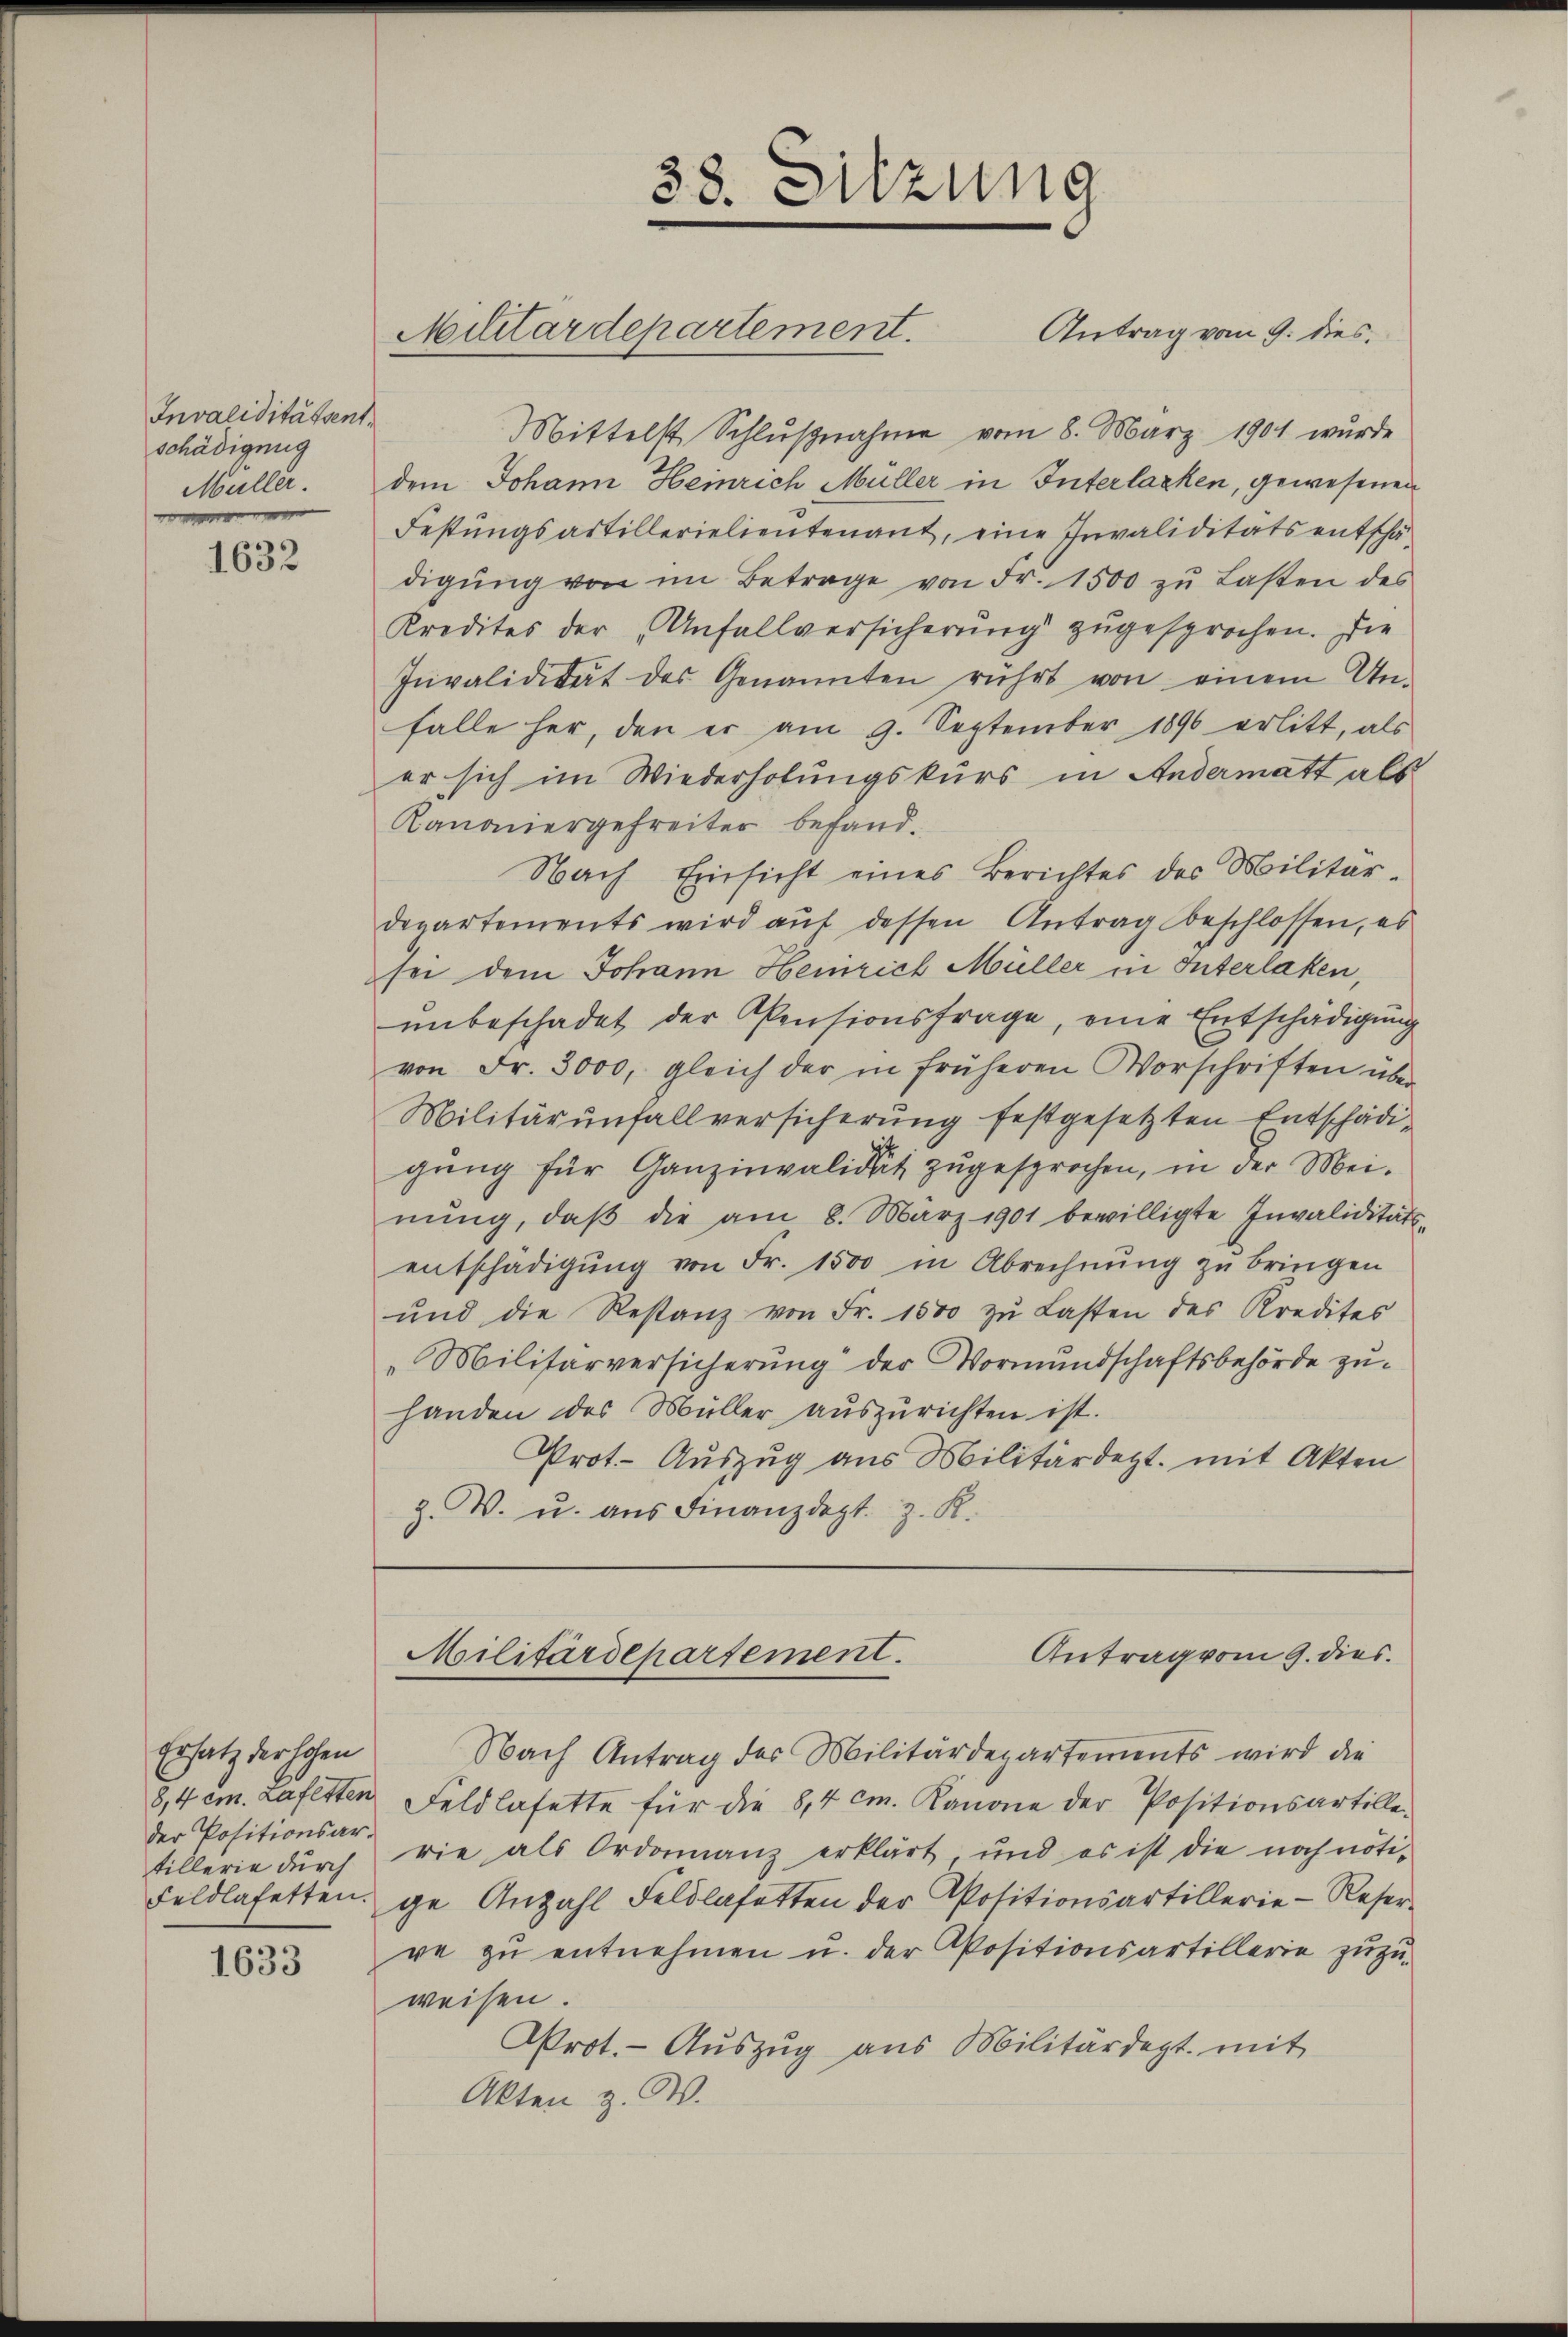
Invaliditätsent.
schädigung
Müller.

1632

Ersatz der hohen
der Positionsar-

1633

Mittelst Schlŭβnahme vom 8. März 1901 wurde
dem Johann Heinrich Müller in Interlacken, gewesenen
Festungsartillerielientenant, eine Invaliditäts entschädigŭng von im Betrage von Fr. 1500 zŭ Lasten des
Kredites der „Unfallversicherŭng zugesprochen. Die
Invalidität des Genannten rührt von einem Un-
falle her, den er am 9. September 1890 erlitt, als
er sich im Wiederholungskurs in Andermatt als
Kanoniergefreiter befand-
Nach Einsicht eines Berichtes des Militär-
departements wird auf dessen Antrag beschlossen, es
sei dem Johann Heinrich Müller in Interlaken,
unbeschadet der Pensionsfrage, eine Entschädigung
von Fr. 3000, gleich der in früheren Vorschriften über
Militär unfallversicherung festgesetzten Entschädigung für Ganzinvalidit zugesprochen, in der Meinŭng, daβ die am 8. März 1901 bewilligte Invaliditäts-
entschädigŭng von Fr. 1500 in Abrechnŭng zŭ bringen
ŭnd die Restanz von Fr. 1500 zŭ Lasten des Kredites
"Militärversicherung der Vormundschaftsbehörde zuhanden des Müller auszurichten ist.
Prot. Auszug aus Militärdept. mit Akten
Z. V. u. aus Finanzdept. z. R.

38. Sitzung
Militärdepartement. Antrag vom 9. dies

Antrag vom 9. dies
Militärdepartement.

Nach Antrag der Militärdepartements wird die
8,4 cm. Lafetten Feld lasette für die 8,4 cm. Kanone der Positionsartille-
tillerie dŭrch die als Ordonanz erklärt, und es ist die noch noti-
Feldlafetten ge Anzahl Feldlafatten der Positionsartillerie-Reser-
re zu entnehmen u. der Positionsartillerie zuzuweisen.
Prot. - Auszug aus Militärdept. mit
Akten z. W.